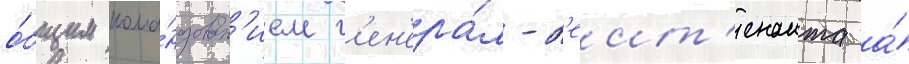
о́бщим кома́ндован'ием г'ен'ера́л-л'еит'енанта а́